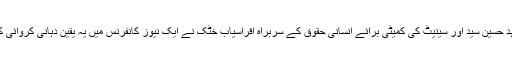
سینیٹ کی دفاعی اُمور کی کمیٹی کے چیئرمین مشاہد حسین سید اور سینیٹ کی کمیٹی برائے انسانی حقوق کے سربراہ افراسیاب خٹک نے ایک نیوز کانفرنس میں یہ یقین دہانی کروائی کہ وہ ان اصلاحات کو پارلیمان میں بھی اُٹھائیں گے۔